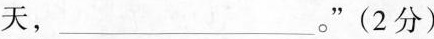
天，___。”(2分)